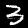
Digit: 3